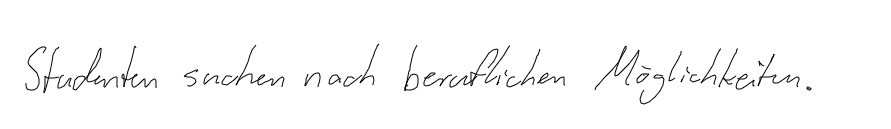
Studenten suchen nach beruflichen Möglichkeiten.